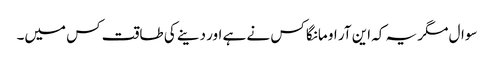
سوال مگر یہ کہ این آر او مانگا کس نے ہے اور دینے کی طاقت کس میں۔